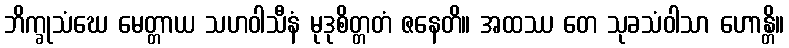
ဘိက္ခုသံဃေ မေတ္တာယ သဟဝါသီနံ မုဒုစိတ္တတံ ဇနေတိ။ အထဿ တေ သုခသံဝါသာ ဟောန္တိ။